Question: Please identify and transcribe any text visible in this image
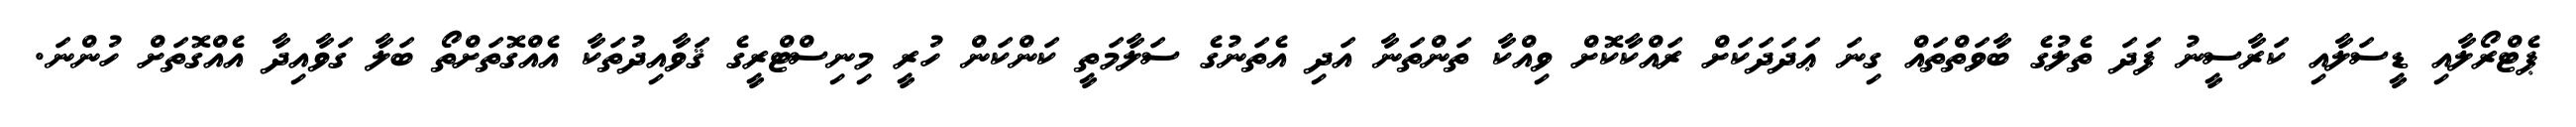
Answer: ޕެޓްރޯލާއި ޑީސަލާއި ކަރާސީނު ފަދަ ތެލުގެ ބާވަތްތައް ގިނަ ޢަދަދަކަށް ރައްކާކޮށް ވިއްކާ ތަންތަނާ އަދި އެތަނުގެ ސަލާމަތީ ކަންކަން ހުރީ މިނިސްޓްރީގެ ޤަވާއިދުތަކާ އެއްގޮތަށްތޯ ބަލާ ގަވާއިދާ އެއްގޮތަށް ހުންނަ.